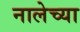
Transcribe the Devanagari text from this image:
नालेच्या